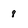
Character: 8